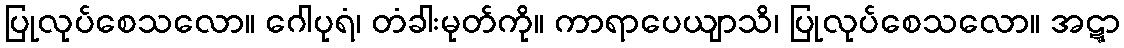
ပြုလုပ်စေသလော။ ဂေါပုရံ၊ တံခါးမုတ်ကို။ ကာရာပေယျာသိ၊ ပြုလုပ်စေသလော။ အဋ္ဋာ